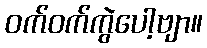
ဝက်ဝက်ကွဲပေါ့ဗျာ။